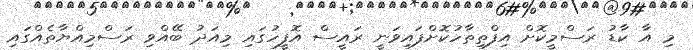
މި އާ ކާޑު ރަސްމީކޮށް އިފްތިތާހުކޮށްފައިވަނީ ރައީސް އޮފީހުގައި މިއަދު ބޭއްވި ރަސްމިއްޔާތެއްގައި